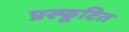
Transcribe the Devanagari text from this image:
प्रस्फूटित